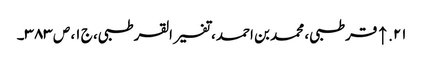
۲۱. ↑ قرطبی، محمد بن احمد، تفسیر القرطبی، ج ۱، ص ۳۸۳۔